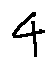
4